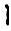
1